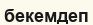
бекемдеп